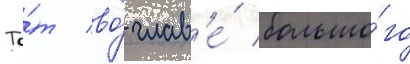
То́т во́ глав'е́ большо́го